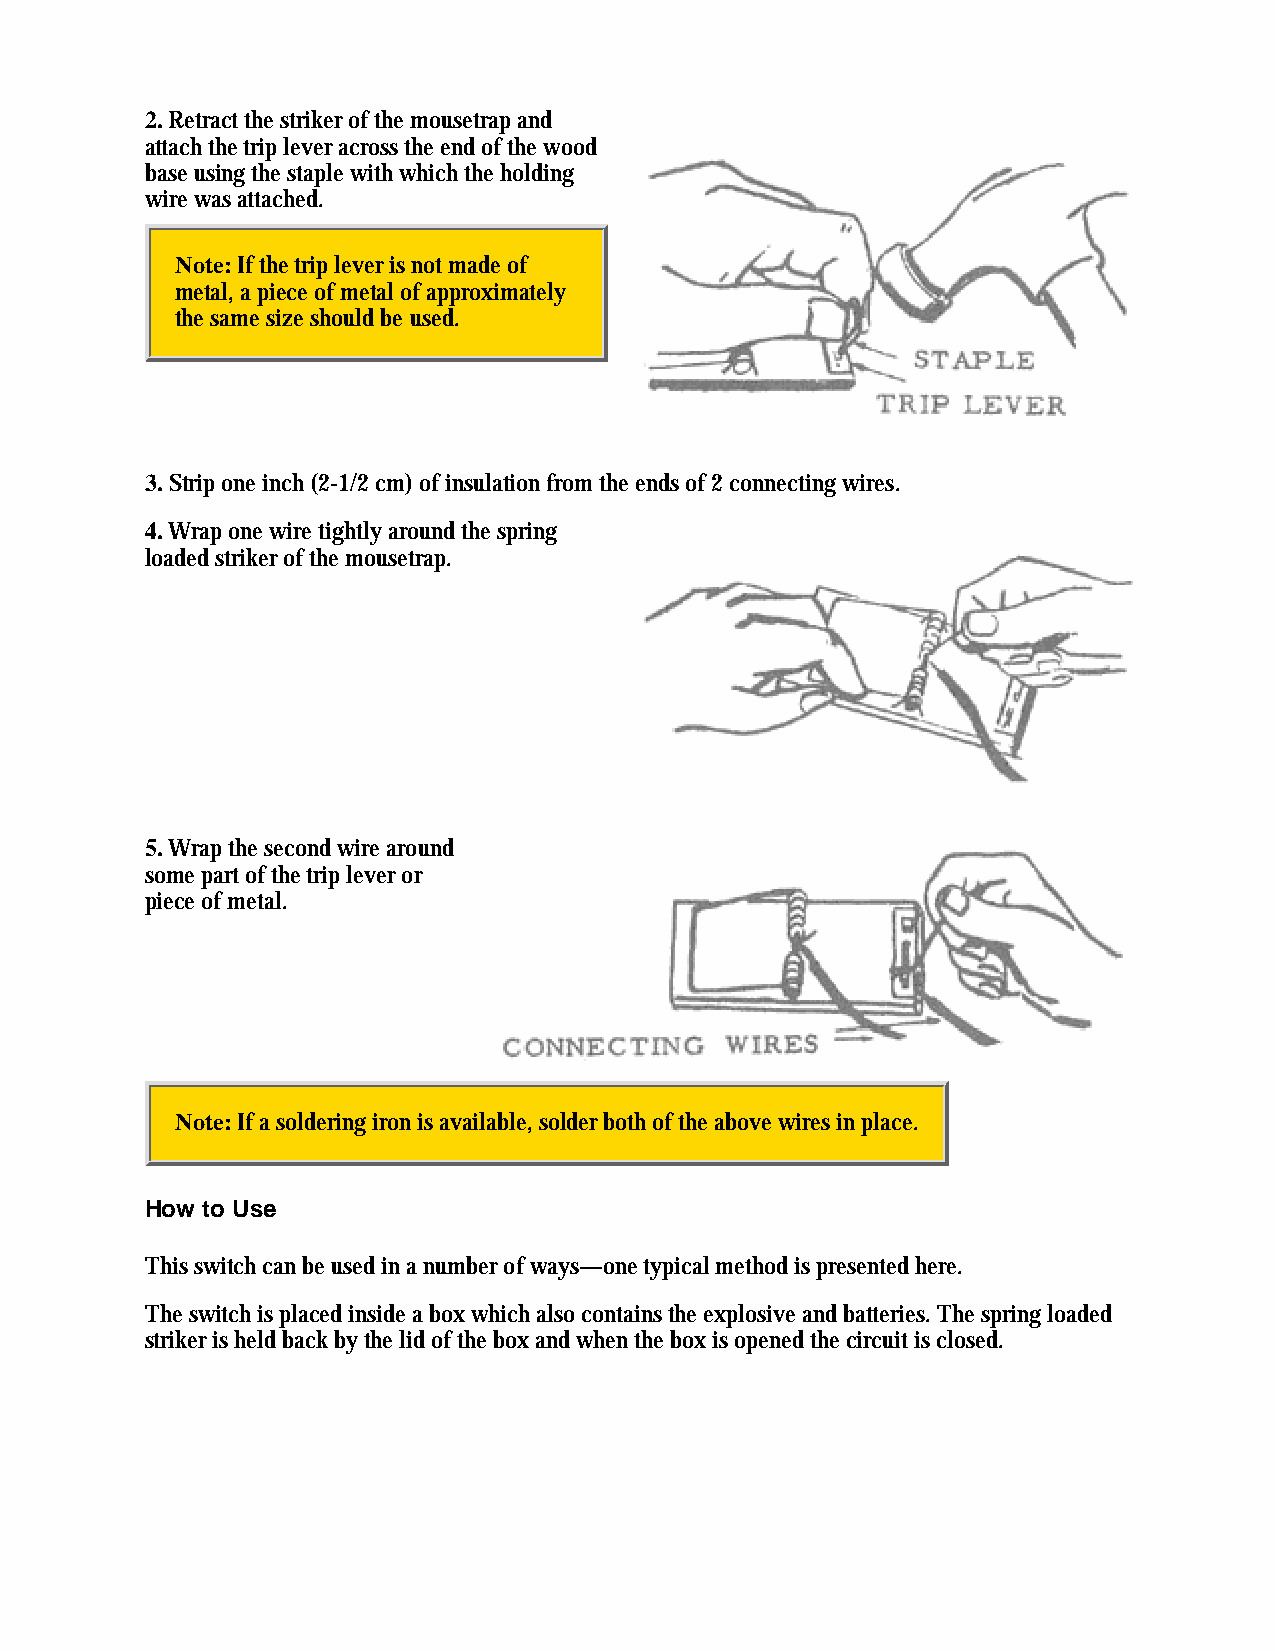
2. Retract the striker of the mousetrap and
 attach the trip lever across the end of the wood
 base using the staple with which the holding
 wire was attached.
 Note: If the trip lever is not made of
 metal, a piece of metal of approximately
 the same size should be used.
 3. Strip one inch (2-1/2 cm) of insulation from the ends of 2 connecting wires.
 4. Wrap one wire tightly around the spring
 loaded striker of the mousetrap.
 5. Wrap the second wire around
 some part of the trip lever or
 piece of metal.
 Note: If a soldering iron is available, solder both of the above wires in place.
 How to Use
 This switch can be used in a number of ways—one typical method is presented here.
 The switch is placed inside a box which also contains the explosive and batteries. The spring loaded
 striker is held back by the lid of the box and when the box is opened the circuit is closed.